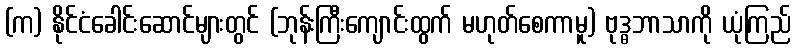
(က) နိုင်ငံခေါင်းဆောင်များတွင် (ဘုန်းကြီးကျောင်းထွက် မဟုတ်စေကာမူ) ဗုဒ္ဓဘာသာကို ယုံကြည်